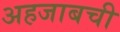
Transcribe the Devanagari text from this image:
अहजाबची